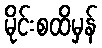
မိုင်းစထိမှန်